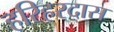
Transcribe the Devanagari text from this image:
हरिहरदास